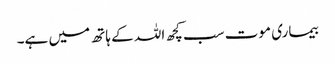
بیماری موت سب کچھ اللہ کے ہاتھ میں ہے۔